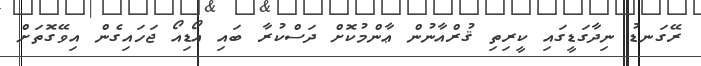
ރޭގަނޑު ނިދާގަޑީގައި ކީރިތި ޤުރްއާނުން ޢާންމުކޮށް ދަސްކުރާ ބައި އޯޑިއޯ ޖަހައިގެން އިވޭގޮތަށް